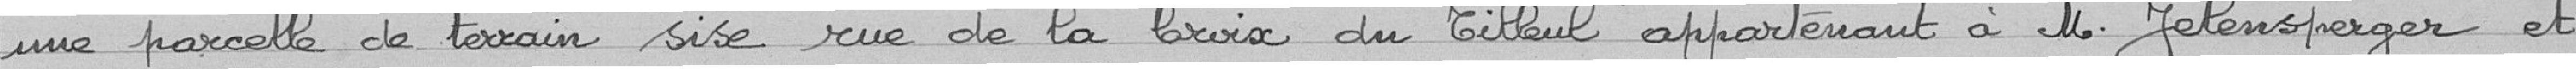
une parcelle de terraine sise rue de la Croix du tilleul appartenant à Monsieur Jelensperger et